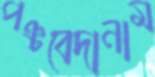
পঞ্চবেদানাম